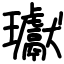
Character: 瓛